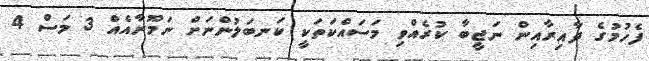
ފެހުމުގެ ދާއިރާއިން ނަޖީބާ ކުރެއްވި މަސައްކަތަކީ ކަނބަލުންނަށް ނަމޫނާއެއް 3 މަސް 4